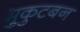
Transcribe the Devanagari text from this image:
मुकुटबन